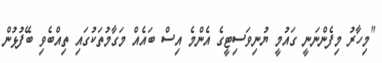
"މިހާރު މިފެންނަނީ ގައުމީ ޔުނިވަސިޓީގެ އެންމެ އިސް ބައެއް މަގާމުތަކުގައި ތިއްބެވި ބޭފުޅުން